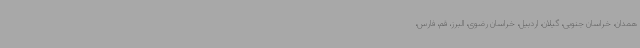
همدان، خراسان جنوبی، گیلان، اردبیل، خراسان رضوی، البرز، قم، فارس،